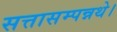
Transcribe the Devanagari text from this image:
सत्तासम्पन्नथे।